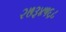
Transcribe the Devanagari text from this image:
२७३४५६८